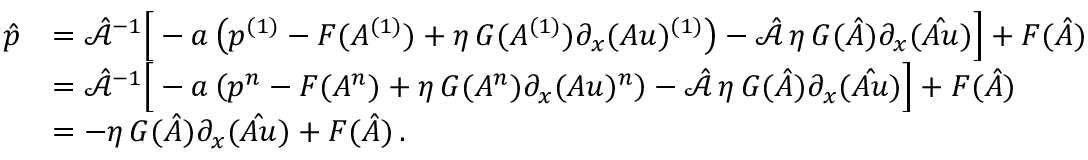
\begin{array} { r l } { \boldsymbol { \hat { p } } } & { = \hat { \mathcal { A } } ^ { - 1 } \Big [ - \boldsymbol { a } \left( p ^ { ( 1 ) } - F ( A ^ { ( 1 ) } ) + \eta \, G ( A ^ { ( 1 ) } ) \partial _ { x } ( A u ) ^ { ( 1 ) } \right) - \hat { \mathcal { A } } \, \eta \, \boldsymbol { G } ( \boldsymbol { \hat { A } } ) \partial _ { x } ( \boldsymbol { \hat { A u } } ) \Big ] + \boldsymbol { F } ( \boldsymbol { \hat { A } } ) \, } \\ & { = \hat { \mathcal { A } } ^ { - 1 } \Big [ - \boldsymbol { a } \left( p ^ { n } - F ( A ^ { n } ) + \eta \, G ( A ^ { n } ) \partial _ { x } ( A u ) ^ { n } \right) - \hat { \mathcal { A } } \, \eta \, \boldsymbol { G } ( \boldsymbol { \hat { A } } ) \partial _ { x } ( \boldsymbol { \hat { A u } } ) \Big ] + \boldsymbol { F } ( \boldsymbol { \hat { A } } ) \, } \\ & { = - \eta \, \boldsymbol { G } ( \boldsymbol { \hat { A } } ) \partial _ { x } ( \boldsymbol { \hat { A u } } ) + \boldsymbol { F } ( \boldsymbol { \hat { A } } ) \, . } \end{array}